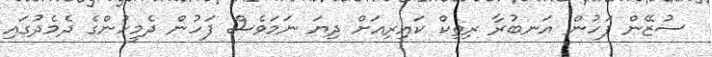
ސުޒޭން ފަހުން އަނބުރާ ރިތިކް ކައިރިއަށް ދިޔަ ނަމަވެސް ފަހުން ދެމީހުންގެ ދެމެދުގައި